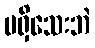
မရှိသေးဘဲ